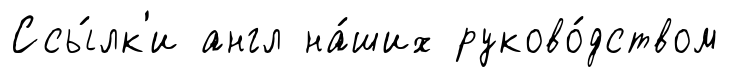
Ссы́лк'и англ на́ших руково́дством